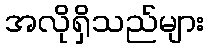
အလိုရှိသည်များ